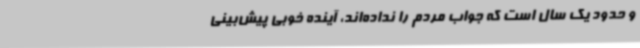
و حدود یک سال است که جواب مردم را نداده‌اند، آینده خوبی پیش‌بینی